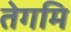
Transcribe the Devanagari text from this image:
तेगमि